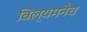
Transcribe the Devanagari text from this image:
विल्यमनेच